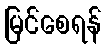
မြင်စေရန်